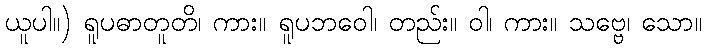
ယူပါ။) ရူပဓာတူတိ၊ ကား။ ရူပဘဝေါ၊ တည်း။ ဝါ၊ ကား။ သဗ္ဗေ၊ သော။